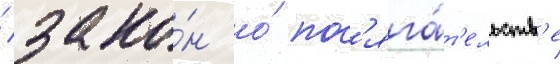
/ зако́н о́ пос'яга́т'ельств'е